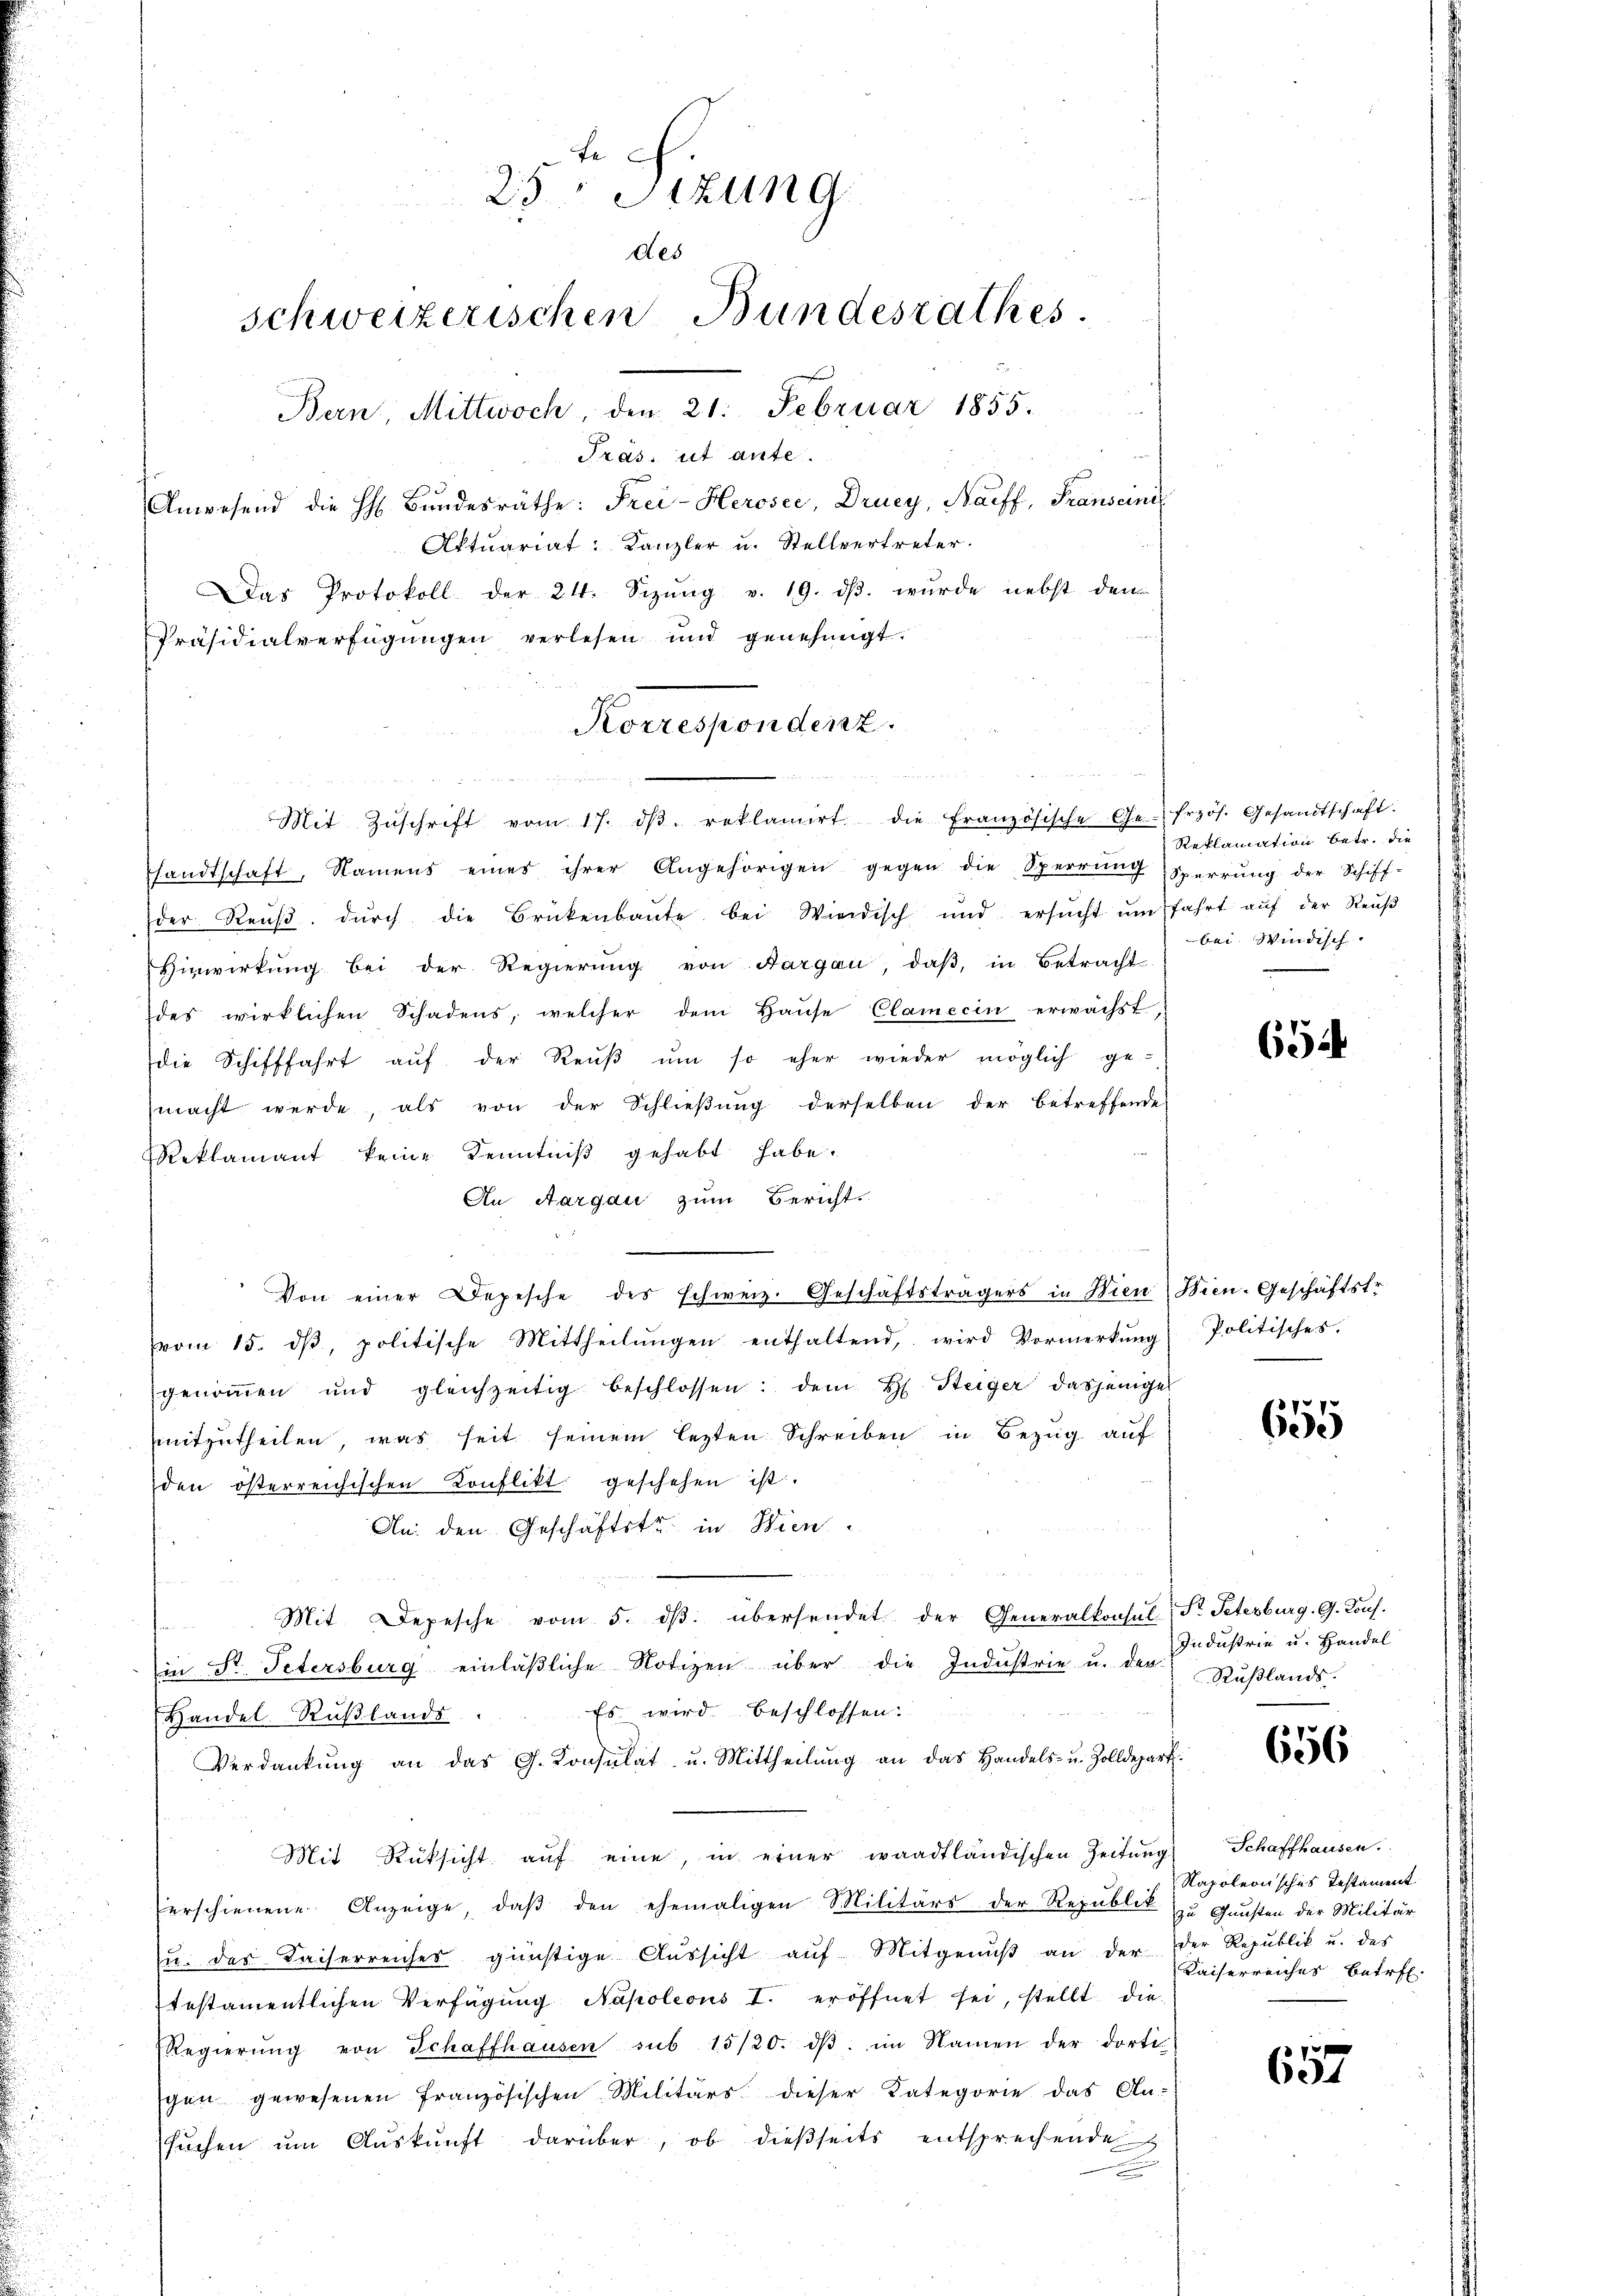
25. Sizung
des
Präs. ut ante.
Anwesend die h. Bŭndesräthe: Frei-Herosee, Druey, Naeff, Franseine
Aktuariat: Kanzler u. Stellvertreter.
Das Protokoll der 24. Sizŭng v. 19. dβ. wŭrde nebst den
Präsidialverfügungen verlesen und genehmigt.

sandtschaft, Namens eines ihrer Angehörigen gegen die Sperrŭng Sperrŭng der Schiff-
der Reŭβ. dŭrch die Brükenbaŭte bei Wiedisch und ersŭcht ŭm fahrt aŭf der Reŭβ
Hirwirkŭng bei der Regierŭng von Aargau, daβ in Betracht
des wirklichen Schadens, welcher dem Haŭse Clamecin erwächst,
die Schifffahrt aŭf der Reŭβ ŭm so eher wieder möglich ge-
macht werde, als von der Schlieβŭng derselben der betreffende
Reklamant keine Kenntniß gehabt habe.
An Aargau zum Bericht.
Von einer Depesche des schweiz. Geschäftsträgers in Wien Wien. Geschäftstr.
vom 15. dβ, politische Mittheilŭngen enthaltend, wird Vormerkŭng politisches.
genommen und gleichzeitig beschlossen: dem H. Steiger dasjeniger
mitzutheilen, was seit seinem lezten Schreiben in Bezug auf
den österreichischen Konflikt geschehen ist.
An den Geschäftste in Bien
Mit Depesche vom 5. dβ. übersendet der Generalkonsul Fr. Peterburg, G. Kons.
in St. Petersburg einläβliche Notizen über die Industrie u. der Stŭβlands-
Es wird beschlossen:
Handel Rußlands
Verdankŭng an das G. Konsulat u. Mittheilŭng an das Handels- u. Zolldepart.
Mit Rüksicht auf eine, in einer waadtländischen Zeitung Schaffhausen.
erschienene Anzeige, daβ den ehemaligen Militärs der Republik zu Gunsten der Militär
u. das Kaiserreiches günstige Aŭssicht aŭf Mitgenŭβ an der der Republik u. des
testamentlichen Verfügung Napoleons I. eröffnet sei, stellt die
Regierŭng von Schaffhausen sub 15/20. dβ im Namen der dorti
gen gewesenen französischen Militärs dieser Kategorie das An-
suchen um Auskunft darüber, ob dießseits entsprechende

schweizerischen Bundesrathes.
Bern, Mittwoch, den 21. Februar 1855.

Korrespondenz.
u

Mit Zŭschrift vom 17. dβ. reklamirt die Französische Ge--frzös. Gesandtschaft.

Reklamation betr. die
bei. Windisch. |

654

655

Industrie u. Handel

656

Napoleonisches Testament
Kaiserreiches betr.

657